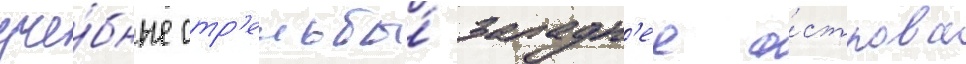
уче́бные стр'ельбы́ западн'ее о́строва